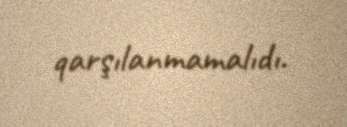
qarşılanmamalıdı.